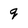
Character: q